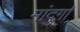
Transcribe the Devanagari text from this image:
मांदुर्गा